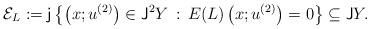
LaTeX: \begin{align*}\mathcal{E}_L:={\sf j}\left\{\left(x;u^{(2)}\right)\in {\sf J}^2Y\,:\,E(L)\left(x;u^{(2)}\right)=0\right\}\subseteq {\sf J}Y.\end{align*}